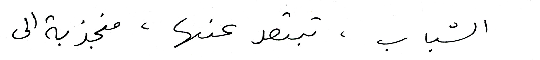
الشباب ، تبتعد عنها ، منجذبة الى